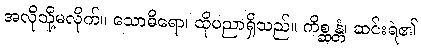
အလိုသို့မလိုက်။ သောဓိရော၊ ထိုပညာရှိသည်။ ကိစ္ဆန္တံ၊ ဆင်းရဲ၏